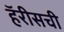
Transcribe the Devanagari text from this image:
हॅरीसची